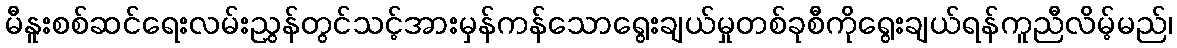
မီနူးစစ်ဆင်ရေးလမ်းညွှန်တွင်သင့်အားမှန်ကန်သောရွေးချယ်မှုတစ်ခုစီကိုရွေးချယ်ရန်ကူညီလိမ့်မည်၊